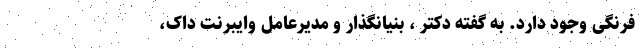
فرنگی وجود دارد. به گفته دکتر ، بنیانگذار و مدیرعامل وایبرنت داک،